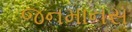
જનમાનસ